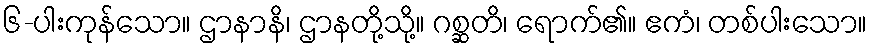
၆-ပါးကုန်သော။ ဌာနာနိ၊ ဌာနတို့သို့။ ဂစ္ဆတိ၊ ရောက်၏။ ဧကံ၊ တစ်ပါးသော။